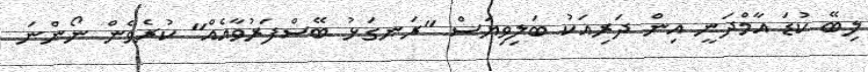
ލިބޭ ކުޑަ އާމްދަނީ އިން ދަރިއަކު ބަލިވިޔަސް "ރަނގަޅު ބޭސްފަރުވާއެއް" ކުރެވެން ނޯންނަ